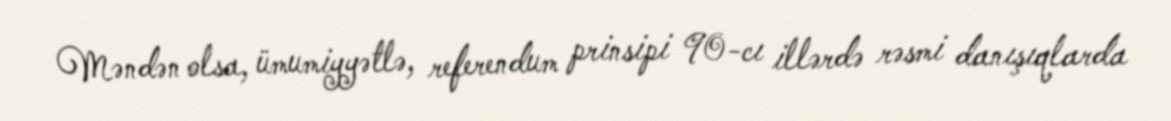
Məndən olsa, ümumiyyətlə, referendum prinsipi 90-cı illərdə rəsmi danışıqlarda